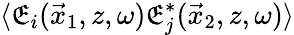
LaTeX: \langle\mathfrak{E}_{i}(\vec{{x}}_{1},z,\omega)\mathfrak{E}_{j}^{*}(\vec{{x}}_{2},z,\omega)\rangle